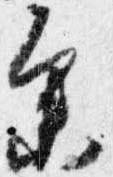
参